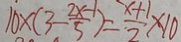
1 0 \times ( 3 - \frac { 2 x - 1 } { 5 } ) = \frac { x + 1 } { 2 } \times 1 0